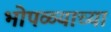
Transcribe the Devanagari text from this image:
भोपळ्याच्या